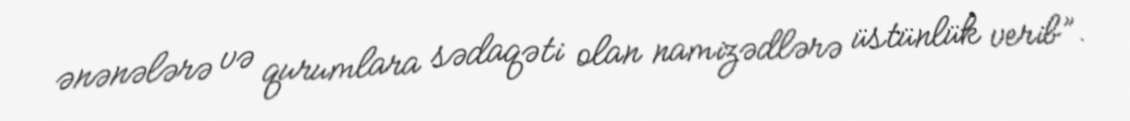
ənənələrə və qurumlara sədaqəti olan namizədlərə üstünlük verib”.